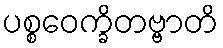
ပစ္စဝေက္ခိတဗ္ဗာတိ